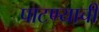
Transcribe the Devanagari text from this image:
पाटण्याची